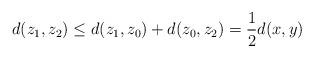
LaTeX: \begin{align*}d(z_1, z_2) \le d(z_1, z_0)+d(z_0, z_2) = {1\over 2}d(x, y)\end{align*}